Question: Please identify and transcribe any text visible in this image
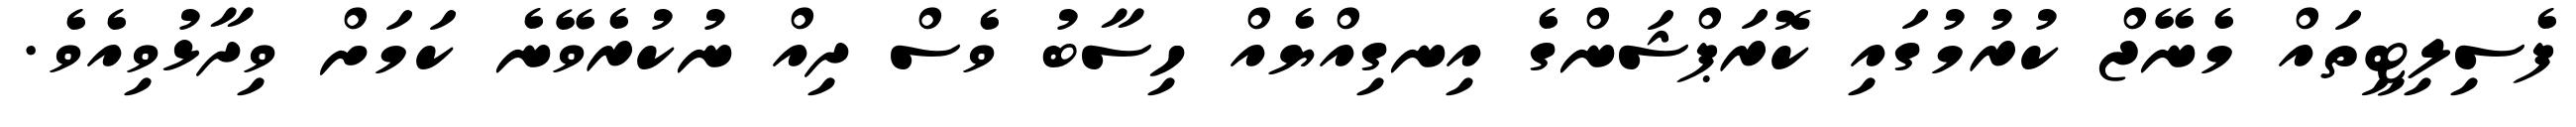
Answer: ފެސިލިޓީތައް މެނޭޖް ކުރުމުގައި ކޮރަޕްޝަންގެ އިނގިއްޔެއް ހިސާބު ވެސް ދިއް ނުކުރެވޭނެ ކަމަށް ވިދާޅުވިއެވެ.